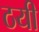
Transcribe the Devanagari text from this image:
ठयी